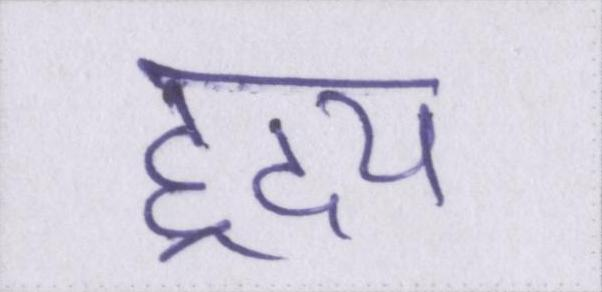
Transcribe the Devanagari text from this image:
ह्रदय